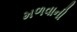
મળવાની